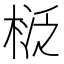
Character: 𣓦